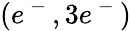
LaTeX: (e^{\mathrm{~-~}},3e^{\mathrm{~-~}})